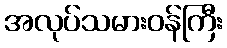
အလုပ်သမားဝန်ကြီး